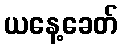
ယနေ့ခေတ်